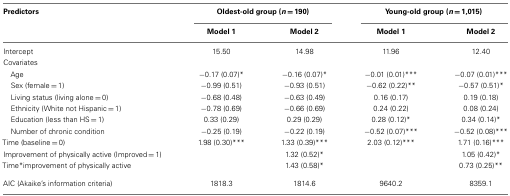
<table><thead><tr><td><b>Predictors</b></td><td colspan="2"><b>Oldest-old group (<i>n</i> = 190)</b></td><td colspan="2"><b>Young-old group (<i>n</i> = 1,015)</b></td></tr><tr><td></td><td><b>Model 1</b></td><td><b>Model 2</b></td><td><b>Model 1</b></td><td><b>Model 2</b></td></tr></thead><tbody><tr><td>Intercept</td><td>15.50</td><td>14.98</td><td>11.96</td><td>12.40</td></tr><tr><td>Covariates</td><td></td><td></td><td></td><td></td></tr><tr><td> Age</td><td>−0.17 (0.07)*</td><td>−0.16 (0.07)*</td><td>−0.01 (0.01)***</td><td>−0.07 (0.01)***</td></tr><tr><td> Sex (female = 1)</td><td>−0.99 (0.51)</td><td>−0.93 (0.51)</td><td>−0.62 (0.22)**</td><td>−0.57 (0.51)*</td></tr><tr><td> Living status (living alone = 0)</td><td>−0.68 (0.48)</td><td>−0.63 (0.49)</td><td>0.16 (0.17)</td><td>0.19 (0.18)</td></tr><tr><td> Ethnicity (White not Hispanic = 1)</td><td>−0.78 (0.69)</td><td>−0.66 (0.69)</td><td>0.24 (0.22)</td><td>0.08 (0.24)</td></tr><tr><td> Education (less than HS = 1)</td><td>0.33 (0.29)</td><td>0.29 (0.29)</td><td>0.28 (0.12)*</td><td>0.34 (0.14)*</td></tr><tr><td> Number of chronic condition</td><td>−0.25 (0.19)</td><td>−0.22 (0.19)</td><td>−0.52 (0.07)***</td><td>−0.52 (0.08)***</td></tr><tr><td>Time (baseline = 0)</td><td>1.98 (0.30)***</td><td>1.33 (0.39)***</td><td>2.03 (0.12)***</td><td>1.71 (0.16)***</td></tr><tr><td>Improvement of physically active (Improved = 1)</td><td></td><td>1.32 (0.52)*</td><td></td><td>1.05 (0.42)*</td></tr><tr><td>Time*improvement of physically active</td><td></td><td>1.43 (0.58)*</td><td></td><td>0.73 (0.25)**</td></tr><tr><td>AIC (Akaike’s information criteria)</td><td>1818.3</td><td>1814.6</td><td>9640.2</td><td>8359.1</td></tr></tbody></table>